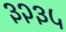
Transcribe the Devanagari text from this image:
३२३५